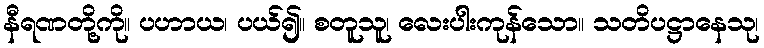
နီရဏတို့ကို။ ပဟာယ၊ ပယ်၍။ စတူသူ၊ လေးပါးကုန်သော။ သတိပဋ္ဌာနေသု၊